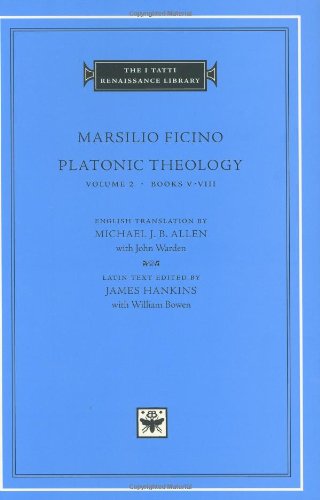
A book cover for Platonic Theology, Volume 2: Books V-VIII (The I Tatti Renaissance Library); Marsilio Ficino; Politics & Social Sciences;